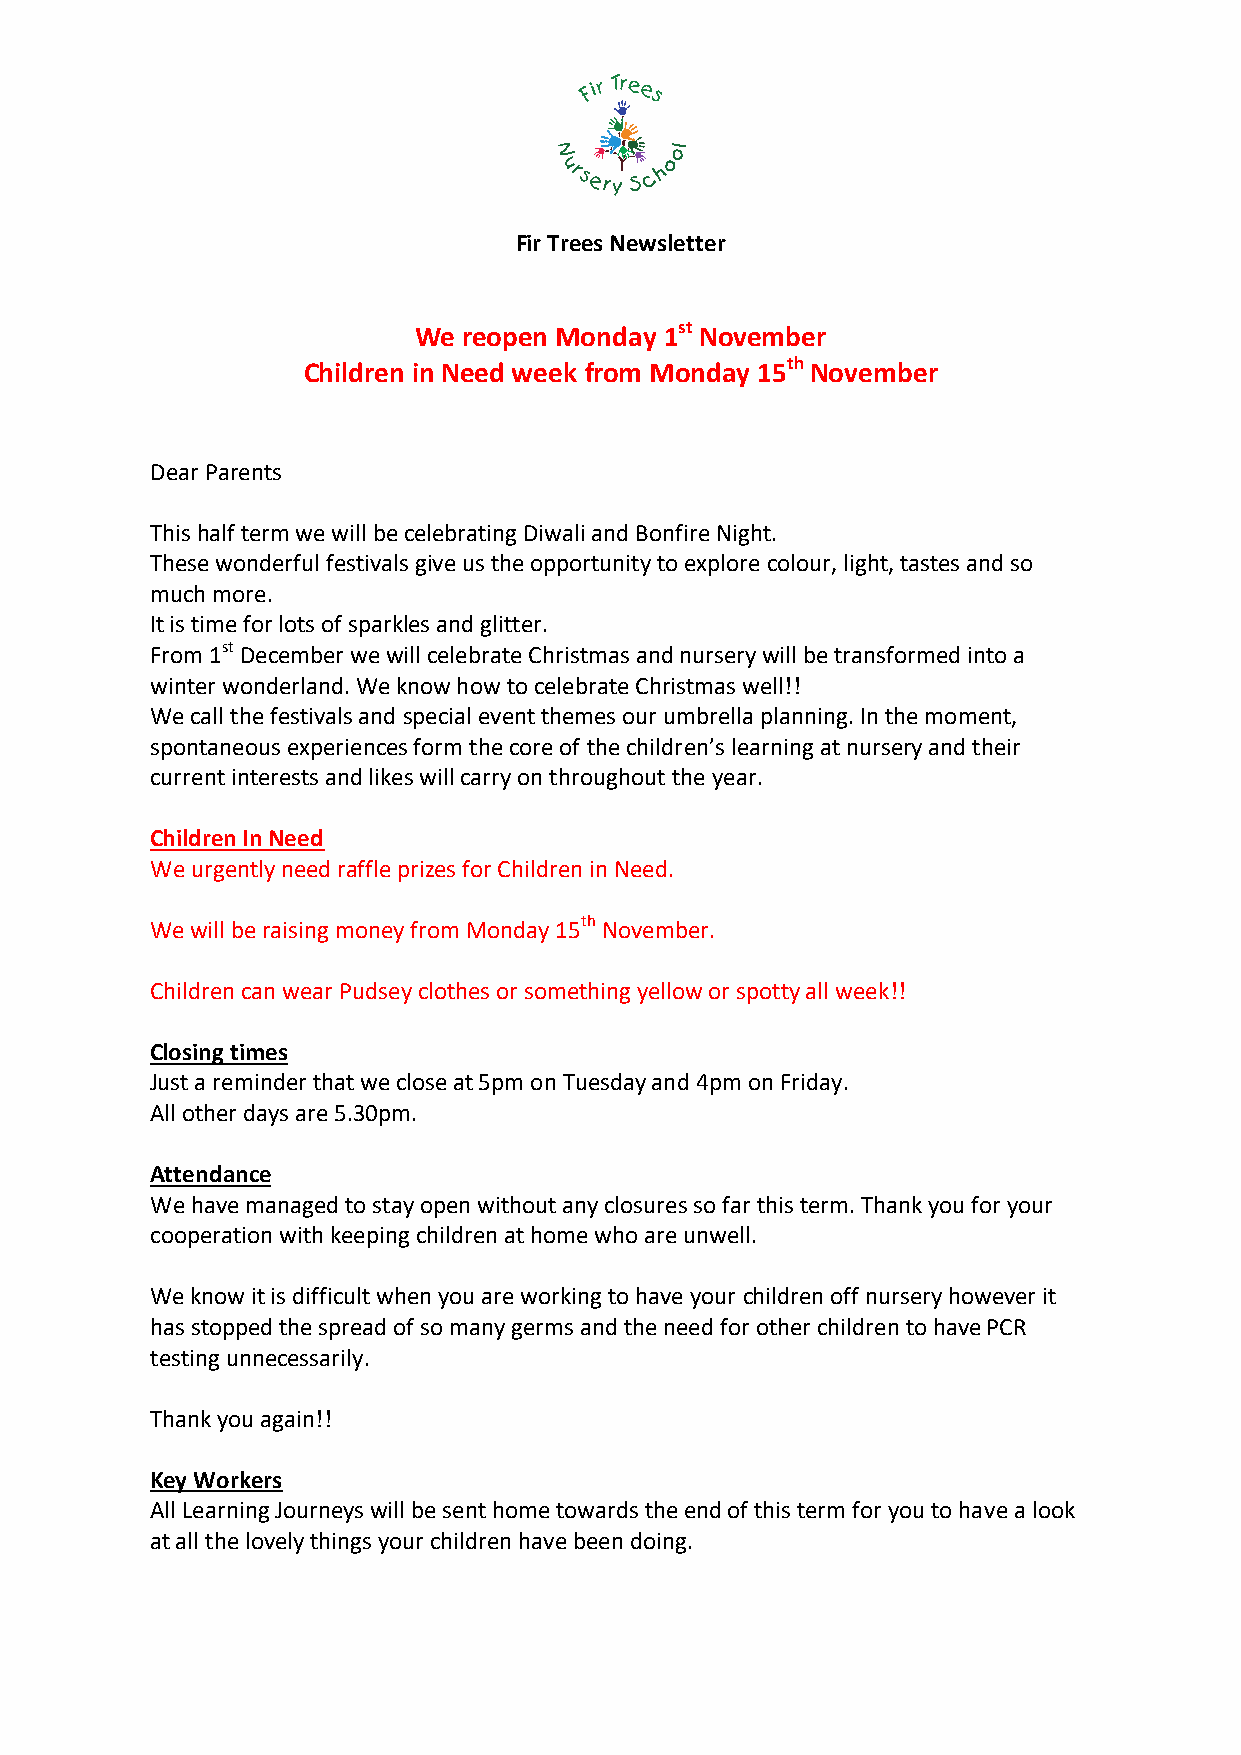
Fir Trees Newsletter
 We  reopen Monday 1st November
 Children in Need week from Monday 15th November
 Dear Parents
 This half term we will be celebrating Diwali and Bonfire Night.
 These wonderful festivals give us the opportunity to explore colour, light, tastes and so
 much more.
 It is time for lots of sparkles and glitter.
 From 1st December we will celebrate Christmas and nursery will be transformed into a
 winter wonderland. We know how to celebrate Christmas well!!
 We call the festivals and special event themes our umbrella planning. In the moment,
 spontaneous experiences form the core of the children’s learning at nursery and their
 current interests and likes will carry on throughout the year.
 Children In Need
 We urgently need raffle prizes for Children in Need.
 We will be raising money from Monday 15th November.
 Children can wear Pudsey clothes or something yellow or spotty all week!!
 Closing times
 Just a reminder that we close at 5pm on Tuesday and 4pm on Friday.
 All other days are 5.30pm.
 Attendance
 We have managed to stay open without any closures so far this term. Thank you for your
 cooperation with keeping children at home who are unwell.
 We know it is difficult when you are working to have your children off nursery however it
 has stopped the spread of so many germs and the need for other children to have PCR
 testing unnecessarily.
 Thank you again!!
 Key Workers
 All Learning Journeys will be sent home towards the end of this term for you to have a look
 at all the lovely things your children have been doing.